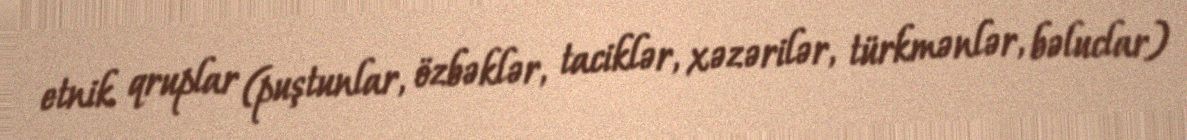
etnik qruplar (puştunlar, özbəklər, taciklər, xəzərilər, türkmənlər, bəluclar)